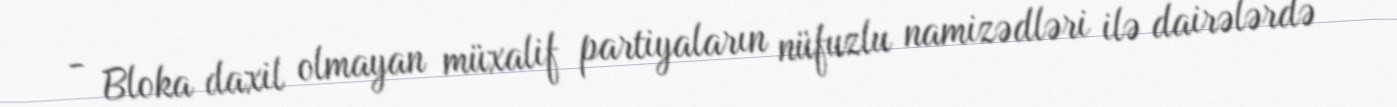
- Bloka daxil olmayan müxalif partiyaların nüfuzlu namizədləri ilə dairələrdə